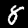
Label: 8